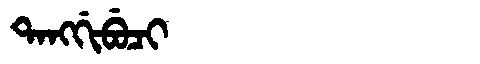
Manchu: ᡨᠠᠩᡤᡳᠪᡠᠴᡳ
Romanization: TANGGIBUCI